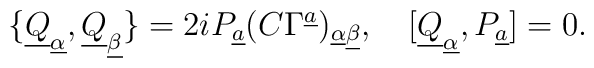
\{\underline Q_{\underline\alpha},\underline Q_{\underline\beta}\}=2iP_{\underline a}(C\Gamma^{\underline a})_{\underline\alpha\underline\beta},\quad [\underline Q_{\underline\alpha},P_{\underline a}]=0.